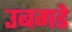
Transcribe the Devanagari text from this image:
उबगडे